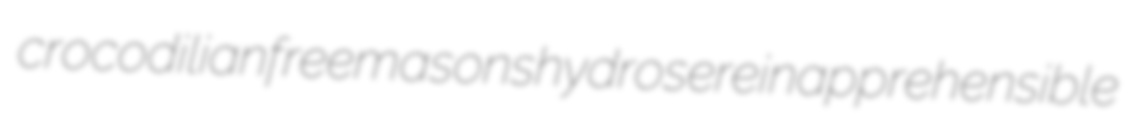
crocodilian freemasons hydrosere inapprehensible